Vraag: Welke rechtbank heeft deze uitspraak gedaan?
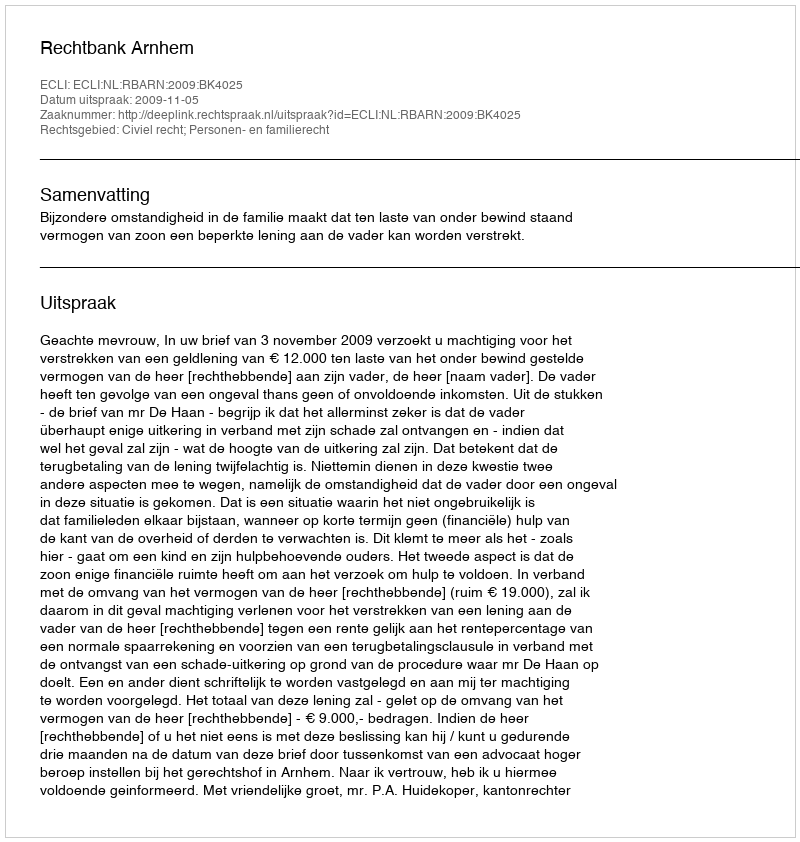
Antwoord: Rechtbank Arnhem